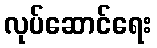
လုပ်ဆောင်ရေး